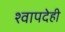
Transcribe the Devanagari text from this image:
श्वापदेही